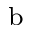
\mathrm { ^ b }